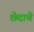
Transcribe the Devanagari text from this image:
छेदाचे